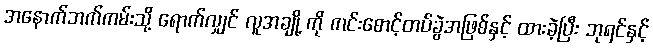
အနောက်ဘက်ကမ်းသို့ ရောက်လျှင် လူအချို့ ကို ကင်းစောင့်တပ်ခွဲအဖြစ်နှင့် ထားခဲ့ပြီး ဘုရင်နှင့်